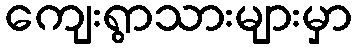
ကျေးရွာသားများမှာ